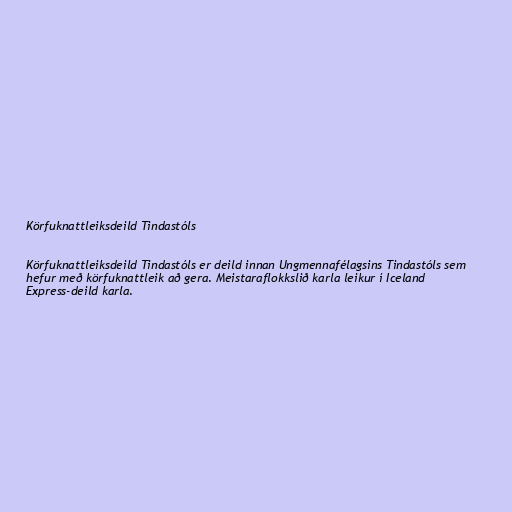
Körfuknattleiksdeild Tindastóls

Körfuknattleiksdeild Tindastóls er deild innan Ungmennafélagsins Tindastóls sem
hefur með körfuknattleik að gera. Meistaraflokkslið karla leikur í Iceland
Express-deild karla.